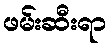
ဖမ်းဆီးရာ